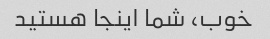
خوب، شما اینجا هستید